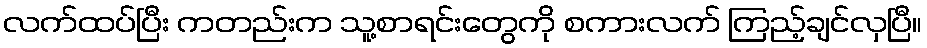
လက်ထပ်ပြီး ကတည်းက သူ့စာရင်းတွေကို စကားလက် ကြည့်ချင်လှပြီ။